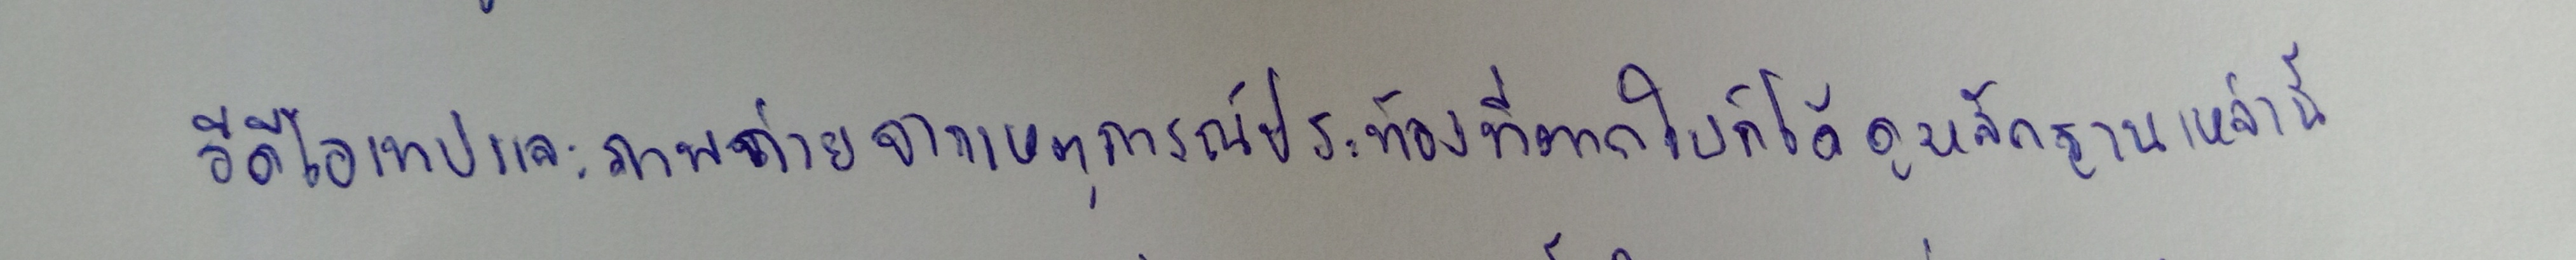
วีดีโอเทปและภาพถ่ายจากเหตุการณ์ประท้วงที่ตากใบก็ได้ดูหลักฐานเหล่านี้